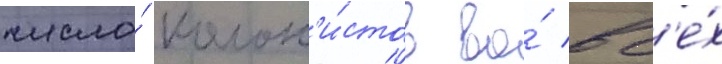
число́ колон'и́стов во́ вс'е́х